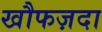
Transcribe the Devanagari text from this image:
खौफज़दा